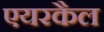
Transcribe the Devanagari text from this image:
एयरकैल